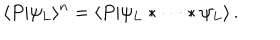
\langle P | \psi _ { L } \rangle ^ { n } = \langle P | \psi _ { L } * \cdots * \psi _ { L } \rangle \, .